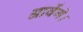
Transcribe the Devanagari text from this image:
आवेंगे।